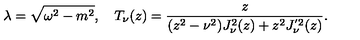
\lambda = \sqrt { \omega ^ { 2 } - m ^ { 2 } } , \quad T _ { \nu } ( z ) = \frac { z } { ( z ^ { 2 } - \nu ^ { 2 } ) J _ { \nu } ^ { 2 } ( z ) + z ^ { 2 } J _ { \nu } ^ { ' 2 } ( z ) } .